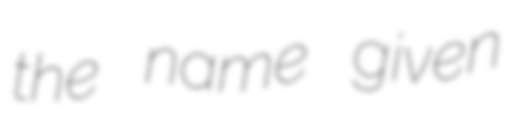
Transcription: the name given